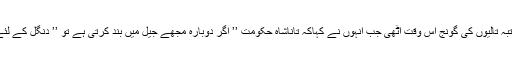
پھر ایک مرتبہ تالیوں کی گونج اس وقت اٹھی جب انہوں نے کہاکہ تاناشاہ حکومت ’’ اگر دوبارہ مجھے جیل میں بند کرتی ہے تو ’’ دنگل کے لئے تیار رہیں۔